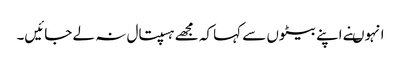
انہوںنے اپنے بیٹوں سے کہا کہ مجھے ہسپتال نہ لے جائیں۔